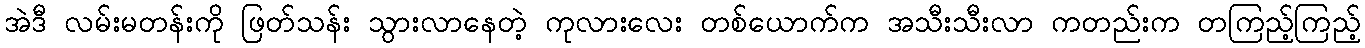
အဲဒီ လမ်းမတန်းကို ဖြတ်သန်း သွားလာနေတဲ့ ကုလားလေး တစ်ယောက်က အသီးသီးလာ ကတည်းက တကြည့်ကြည့်